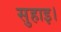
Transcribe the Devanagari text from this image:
सुहाइ।